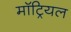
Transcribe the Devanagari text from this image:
मॉट्रियल